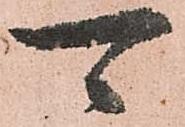
可